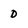
Character: D